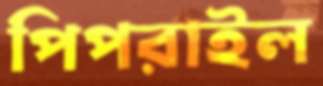
পিপরাইল